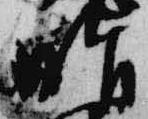
脂